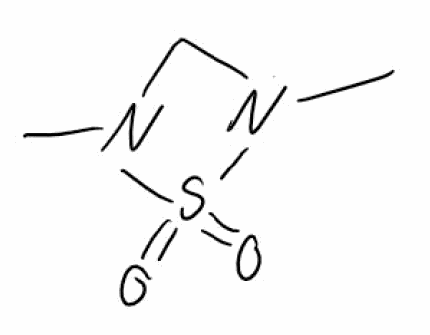
Simplified molecular-input line-entry system (SMILES) notation of the given molecule:
CN1CN(S1(=O)=O)C